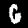
Label: 6